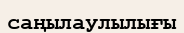
саңылаулылығы